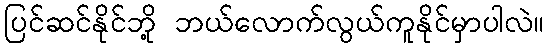
ပြင်ဆင်နိုင်ဘို့ ဘယ်လောက်လွယ်ကူနိုင်မှာပါလဲ။